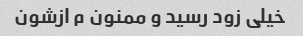
خیلی زود رسید و ممنون م ازشون